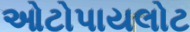
ઓટોપાયલોટ